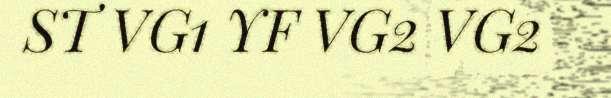
ST VG1 YF VG2 VG2